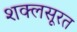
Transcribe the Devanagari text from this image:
शक्लसूरत